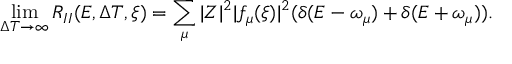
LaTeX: \operatorname * { l i m } _ { \Delta T \rightarrow \infty } R _ { I I } ( E , \Delta T , \xi ) = \sum _ { \mu } | Z | ^ { 2 } | f _ { \mu } ( \xi ) | ^ { 2 } ( \delta ( E - \omega _ { \mu } ) + \delta ( E + \omega _ { \mu } ) ) .